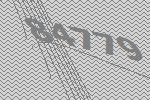
84779